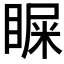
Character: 𪾴